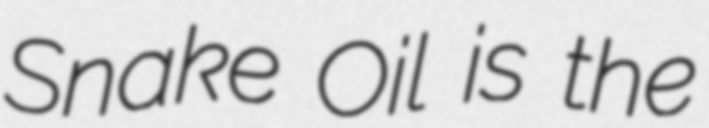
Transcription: Snake Oil is the